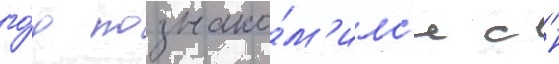
го́д познако́м'илс'я с н